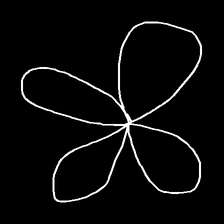
Glyph: billowing